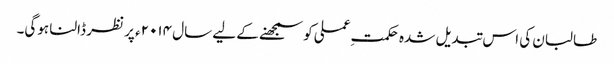
طالبان کی اس تبدیل شدہ حکمتِ عملی کو سمجھنے کے لیے سال ۲۰۱۴ء پر نظر ڈالنا ہوگی۔